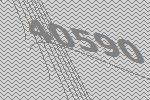
40590